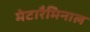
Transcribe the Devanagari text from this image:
मेटारैमिनाल